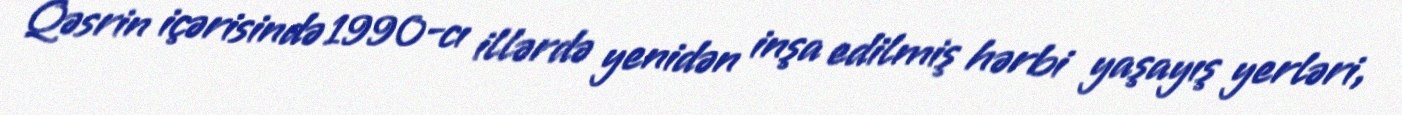
Qəsrin içərisində 1990-cı illərdə yenidən inşa edilmiş hərbi yaşayış yerləri,